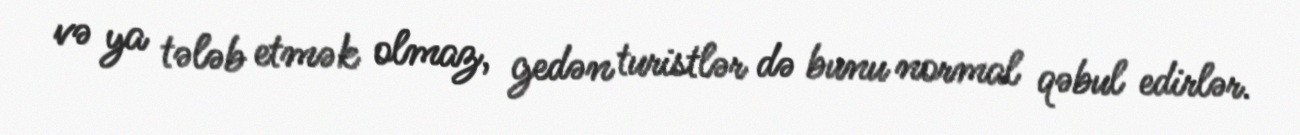
və ya tələb etmək olmaz, gedən turistlər də bunu normal qəbul edirlər.